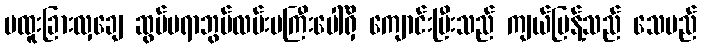
မထူးခြားလှချေ ဆွမ်ပရာဘွမ်လမ်းမကြီးပေါ်ရှိ ကျောင်းပြီးသည် ကျယ်ပြန့်သည် သေမည်